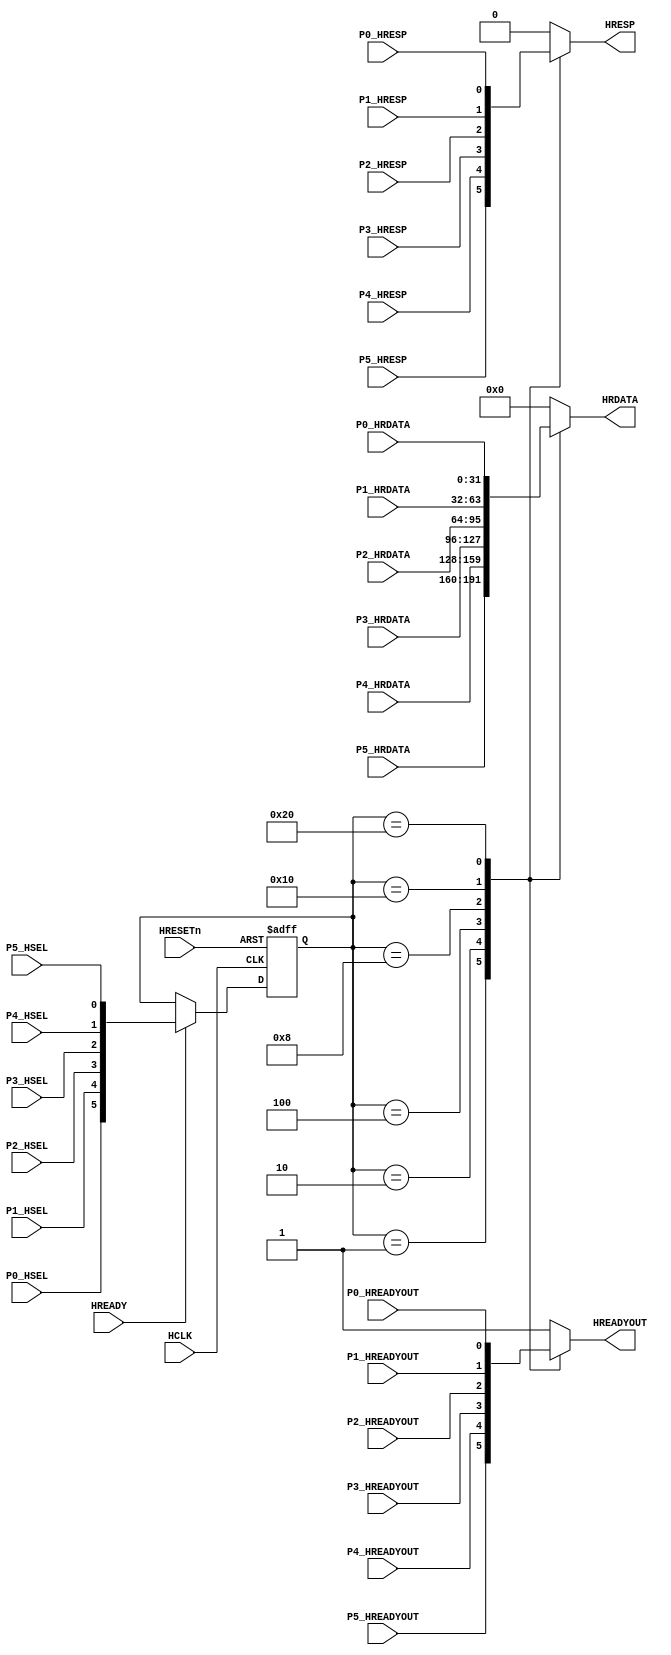
module AHBlite_SlaveMUX (

    input HCLK,
    input HRESETn,
    input HREADY,

    //port 0
    input P0_HSEL,
    input P0_HREADYOUT,
    input P0_HRESP,
    input [31:0] P0_HRDATA,

    //port 1
    input P1_HSEL,
    input P1_HREADYOUT,
    input P1_HRESP,
    input [31:0] P1_HRDATA,

    //port 2
    input P2_HSEL,
    input P2_HREADYOUT,
    input P2_HRESP,
    input [31:0] P2_HRDATA,

    //port 3
    input P3_HSEL,
    input P3_HREADYOUT,
    input P3_HRESP,
    input [31:0] P3_HRDATA,

    //port 4
    input P4_HSEL,
    input P4_HREADYOUT,
    input P4_HRESP,
    input [31:0] P4_HRDATA,

    //port 5
    input P5_HSEL,
    input P5_HREADYOUT,
    input P5_HRESP,
    input [31:0] P5_HRDATA,
    
    //output
    output wire HREADYOUT,
    output wire HRESP,
    output wire [31:0] HRDATA
);

//reg the hsel
reg [5:0] hsel_reg;

always@(posedge HCLK or negedge HRESETn) begin
    if(~HRESETn) hsel_reg <= 6'b0;
    else if(HREADY) hsel_reg <= {P0_HSEL,P1_HSEL,P2_HSEL,P3_HSEL,P4_HSEL,P5_HSEL};
end

//hready mux
reg hready_mux;

always@(*) begin
    case(hsel_reg)
    6'b000001 : begin hready_mux = P5_HREADYOUT;end
    6'b000010 : begin hready_mux = P4_HREADYOUT;end
    6'b000100 : begin hready_mux = P3_HREADYOUT;end
    6'b001000 : begin hready_mux = P2_HREADYOUT;end
    6'b010000 : begin hready_mux = P1_HREADYOUT;end
    6'b100000 : begin hready_mux = P0_HREADYOUT;end
    default : begin hready_mux = 1'b1;end
    endcase
end

assign HREADYOUT = hready_mux;

//hresp mux
reg hresp_mux;

always@(*) begin
    case(hsel_reg)
    6'b000001 : begin hresp_mux = P5_HRESP;end
    6'b000010 : begin hresp_mux = P4_HRESP;end
    6'b000100 : begin hresp_mux = P3_HRESP;end
    6'b001000 : begin hresp_mux = P2_HRESP;end
    6'b010000 : begin hresp_mux = P1_HRESP;end
    6'b100000 : begin hresp_mux = P0_HRESP;end
    default : begin hresp_mux = 1'b0;end
    endcase
end

assign HRESP = hresp_mux;

//hrdata mux
reg [31:0] hrdata_mux;

always@(*) begin
    case(hsel_reg)
    6'b000001 : begin hrdata_mux = P5_HRDATA;end
    6'b000010 : begin hrdata_mux = P4_HRDATA;end
    6'b000100 : begin hrdata_mux = P3_HRDATA;end
    6'b001000 : begin hrdata_mux = P2_HRDATA;end
    6'b010000 : begin hrdata_mux = P1_HRDATA;end
    6'b100000 : begin hrdata_mux = P0_HRDATA;end
    default : begin hrdata_mux = 32'b0;end
    endcase
end

assign HRDATA = hrdata_mux;

endmodule